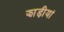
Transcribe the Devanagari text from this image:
झाड़ीयां